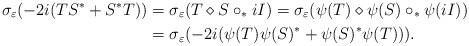
LaTeX: \begin{align*}\sigma_{\varepsilon}(-2i(TS^{\ast}+S^{\ast}T))&=\sigma_{\varepsilon}(T\diamond S\circ_{\ast} iI)=\sigma_{\varepsilon}(\psi(T)\diamond \psi(S)\circ_{\ast} \psi(iI))\\&=\sigma_{\varepsilon}(-2i(\psi(T)\psi(S)^{\ast}+\psi(S)^{\ast}\psi(T))).\end{align*}